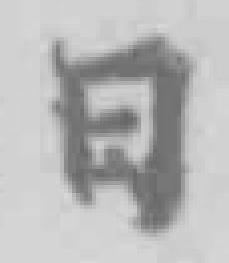
日